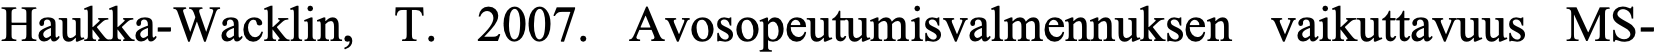
Haukka-Wacklin, T. 2007. Avosopeutumisvalmennuksen vaikuttavuus MS-